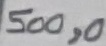
Text: 500,0